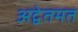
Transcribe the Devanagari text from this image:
अद्वेतमत